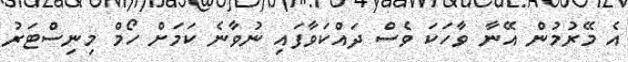
އެ މޭރުމުން އޭނާ ވާހަކަ ވެސް ދައްކަވާފައި ނުވާނެ ކަމަށް ހޯމް މިނިސްޓަރު